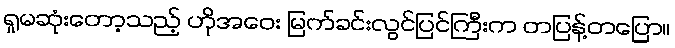
ရှုမဆုံးတော့သည့် ဟိုအဝေး မြက်ခင်းလွင်ပြင်ကြီးက တပြန့်တပြော။